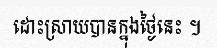
ដោះស្រាយបានក្នុងថ្ងៃនេះ ។